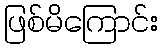
ဖြစ်မိကြောင်း